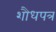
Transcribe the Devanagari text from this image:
शौधपत्र